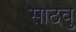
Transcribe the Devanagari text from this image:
साठवु